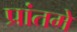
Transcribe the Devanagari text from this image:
प्रांतमे